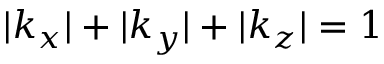
| k _ { x } | + | k _ { y } | + | k _ { z } | = 1